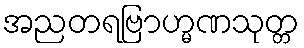
အညတရဗြာဟ္မဏသုတ္တ